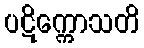
ပဋိက္ကောသတိ